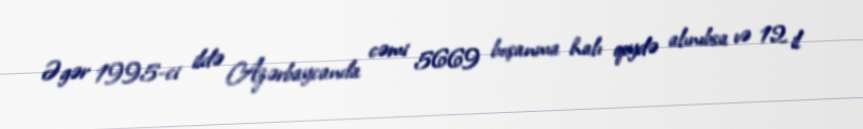
Əgər 1995-ci ildə Azərbaycanda cəmi 5669 boşanma halı qeydə alınıbsa və 12 il